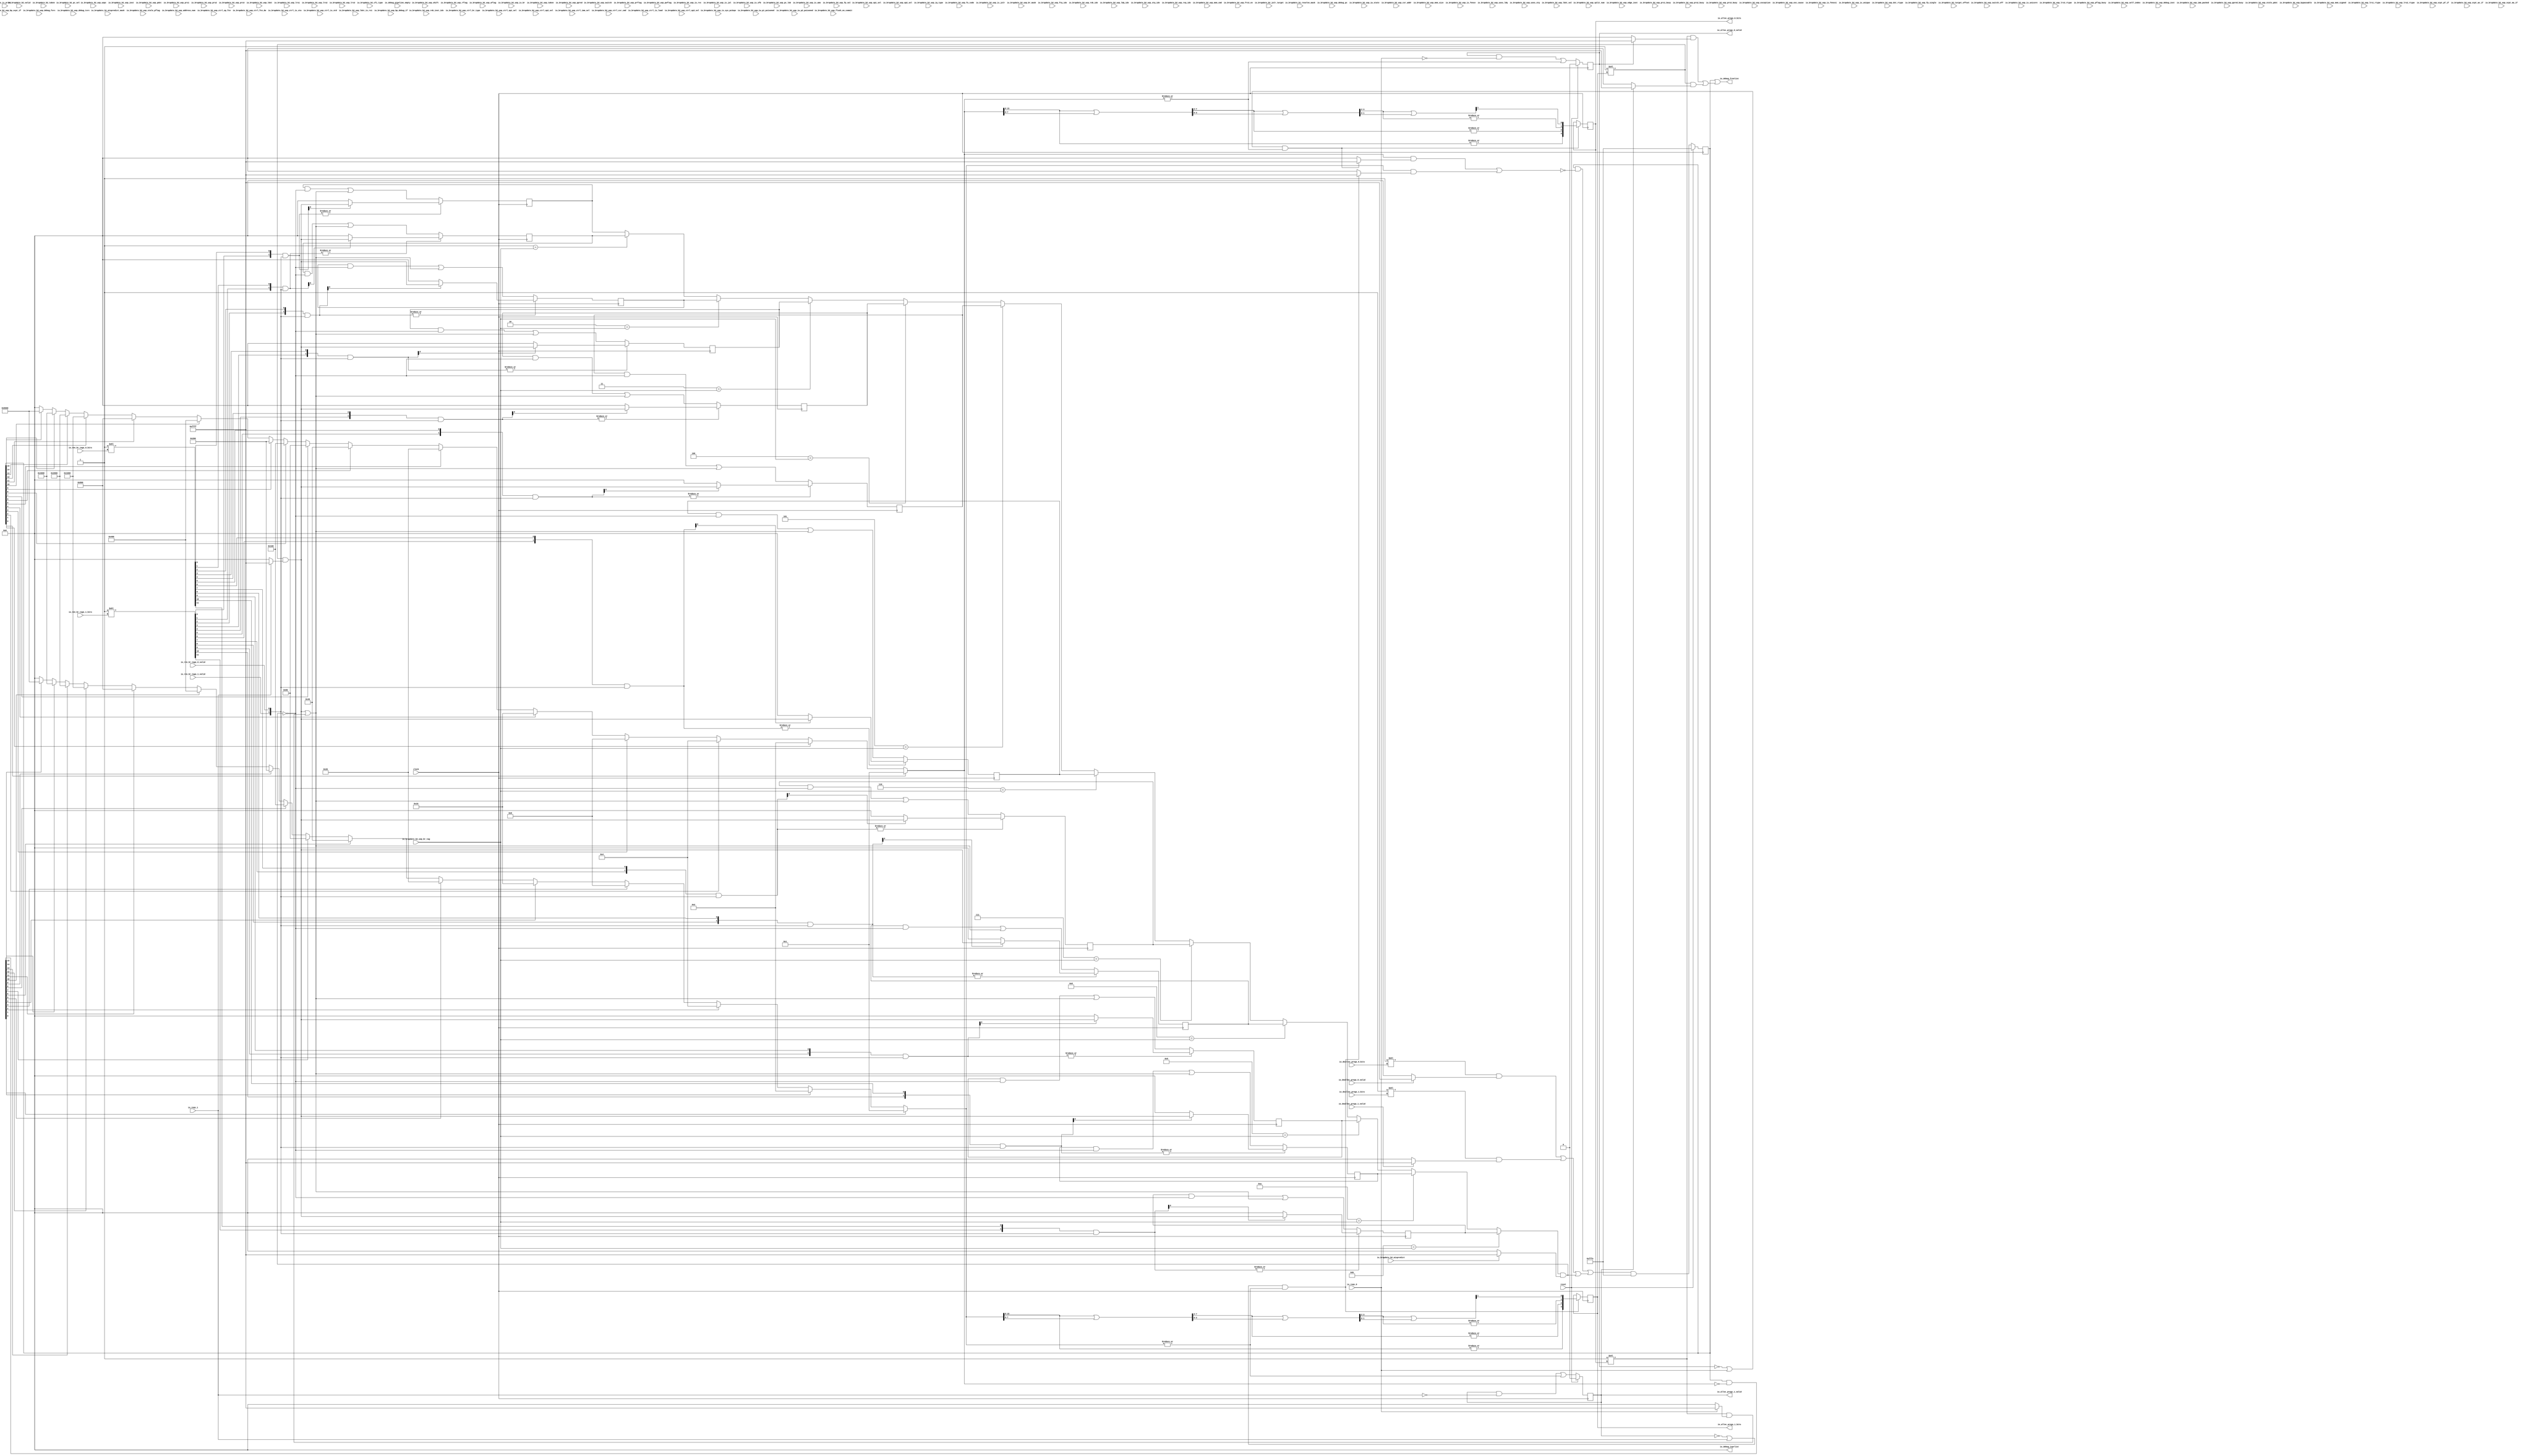
module FlagRenameFreeList(
  input         clock,
  input         reset,
  input         io_reqs_0,
  input         io_reqs_1,
  output        io_alloc_pregs_0_valid,
  output [3:0]  io_alloc_pregs_0_bits,
  output        io_alloc_pregs_1_valid,
  output [3:0]  io_alloc_pregs_1_bits,
  input         io_dealloc_pregs_0_valid,
  input  [3:0]  io_dealloc_pregs_0_bits,
  input         io_dealloc_pregs_1_valid,
  input  [3:0]  io_dealloc_pregs_1_bits,
  input         io_ren_br_tags_0_valid,
  input  [3:0]  io_ren_br_tags_0_bits,
  input         io_ren_br_tags_1_valid,
  input  [3:0]  io_ren_br_tags_1_bits,
  input  [11:0] io_brupdate_b1_resolve_mask,
  input  [11:0] io_brupdate_b1_mispredict_mask,
  input         io_brupdate_b2_uop_switch,
  input         io_brupdate_b2_uop_switch_off,
  input         io_brupdate_b2_uop_is_unicore,
  input  [2:0]  io_brupdate_b2_uop_shift,
  input  [1:0]  io_brupdate_b2_uop_lrs3_rtype,
  input         io_brupdate_b2_uop_rflag,
  input         io_brupdate_b2_uop_wflag,
  input  [3:0]  io_brupdate_b2_uop_prflag,
  input  [3:0]  io_brupdate_b2_uop_pwflag,
  input         io_brupdate_b2_uop_pflag_busy,
  input  [3:0]  io_brupdate_b2_uop_stale_pflag,
  input  [3:0]  io_brupdate_b2_uop_op1_sel,
  input  [3:0]  io_brupdate_b2_uop_op2_sel,
  input  [5:0]  io_brupdate_b2_uop_split_num,
  input  [5:0]  io_brupdate_b2_uop_self_index,
  input  [5:0]  io_brupdate_b2_uop_rob_inst_idx,
  input  [5:0]  io_brupdate_b2_uop_address_num,
  input  [6:0]  io_brupdate_b2_uop_uopc,
  input  [31:0] io_brupdate_b2_uop_inst,
  input  [31:0] io_brupdate_b2_uop_debug_inst,
  input         io_brupdate_b2_uop_is_rvc,
  input  [39:0] io_brupdate_b2_uop_debug_pc,
  input  [2:0]  io_brupdate_b2_uop_iq_type,
  input  [9:0]  io_brupdate_b2_uop_fu_code,
  input  [3:0]  io_brupdate_b2_uop_ctrl_br_type,
  input  [1:0]  io_brupdate_b2_uop_ctrl_op1_sel,
  input  [2:0]  io_brupdate_b2_uop_ctrl_op2_sel,
  input  [2:0]  io_brupdate_b2_uop_ctrl_imm_sel,
  input  [3:0]  io_brupdate_b2_uop_ctrl_op_fcn,
  input         io_brupdate_b2_uop_ctrl_fcn_dw,
  input  [2:0]  io_brupdate_b2_uop_ctrl_csr_cmd,
  input         io_brupdate_b2_uop_ctrl_is_load,
  input         io_brupdate_b2_uop_ctrl_is_sta,
  input         io_brupdate_b2_uop_ctrl_is_std,
  input  [1:0]  io_brupdate_b2_uop_ctrl_op3_sel,
  input  [1:0]  io_brupdate_b2_uop_iw_state,
  input         io_brupdate_b2_uop_iw_p1_poisoned,
  input         io_brupdate_b2_uop_iw_p2_poisoned,
  input         io_brupdate_b2_uop_is_br,
  input         io_brupdate_b2_uop_is_jalr,
  input         io_brupdate_b2_uop_is_jal,
  input         io_brupdate_b2_uop_is_sfb,
  input  [11:0] io_brupdate_b2_uop_br_mask,
  input  [3:0]  io_brupdate_b2_uop_br_tag,
  input  [4:0]  io_brupdate_b2_uop_ftq_idx,
  input         io_brupdate_b2_uop_edge_inst,
  input  [5:0]  io_brupdate_b2_uop_pc_lob,
  input         io_brupdate_b2_uop_taken,
  input  [19:0] io_brupdate_b2_uop_imm_packed,
  input  [11:0] io_brupdate_b2_uop_csr_addr,
  input  [5:0]  io_brupdate_b2_uop_rob_idx,
  input  [4:0]  io_brupdate_b2_uop_ldq_idx,
  input  [4:0]  io_brupdate_b2_uop_stq_idx,
  input  [1:0]  io_brupdate_b2_uop_rxq_idx,
  input  [6:0]  io_brupdate_b2_uop_pdst,
  input  [6:0]  io_brupdate_b2_uop_prs1,
  input  [6:0]  io_brupdate_b2_uop_prs2,
  input  [6:0]  io_brupdate_b2_uop_prs3,
  input  [4:0]  io_brupdate_b2_uop_ppred,
  input         io_brupdate_b2_uop_prs1_busy,
  input         io_brupdate_b2_uop_prs2_busy,
  input         io_brupdate_b2_uop_prs3_busy,
  input         io_brupdate_b2_uop_ppred_busy,
  input  [6:0]  io_brupdate_b2_uop_stale_pdst,
  input         io_brupdate_b2_uop_exception,
  input  [63:0] io_brupdate_b2_uop_exc_cause,
  input         io_brupdate_b2_uop_bypassable,
  input  [4:0]  io_brupdate_b2_uop_mem_cmd,
  input  [1:0]  io_brupdate_b2_uop_mem_size,
  input         io_brupdate_b2_uop_mem_signed,
  input         io_brupdate_b2_uop_is_fence,
  input         io_brupdate_b2_uop_is_fencei,
  input         io_brupdate_b2_uop_is_amo,
  input         io_brupdate_b2_uop_uses_ldq,
  input         io_brupdate_b2_uop_uses_stq,
  input         io_brupdate_b2_uop_is_sys_pc2epc,
  input         io_brupdate_b2_uop_is_unique,
  input         io_brupdate_b2_uop_flush_on_commit,
  input         io_brupdate_b2_uop_ldst_is_rs1,
  input  [5:0]  io_brupdate_b2_uop_ldst,
  input  [5:0]  io_brupdate_b2_uop_lrs1,
  input  [5:0]  io_brupdate_b2_uop_lrs2,
  input  [5:0]  io_brupdate_b2_uop_lrs3,
  input         io_brupdate_b2_uop_ldst_val,
  input  [1:0]  io_brupdate_b2_uop_dst_rtype,
  input  [1:0]  io_brupdate_b2_uop_lrs1_rtype,
  input  [1:0]  io_brupdate_b2_uop_lrs2_rtype,
  input         io_brupdate_b2_uop_frs3_en,
  input         io_brupdate_b2_uop_fp_val,
  input         io_brupdate_b2_uop_fp_single,
  input         io_brupdate_b2_uop_xcpt_pf_if,
  input         io_brupdate_b2_uop_xcpt_ae_if,
  input         io_brupdate_b2_uop_xcpt_ma_if,
  input         io_brupdate_b2_uop_bp_debug_if,
  input         io_brupdate_b2_uop_bp_xcpt_if,
  input  [1:0]  io_brupdate_b2_uop_debug_fsrc,
  input  [1:0]  io_brupdate_b2_uop_debug_tsrc,
  input         io_brupdate_b2_valid,
  input         io_brupdate_b2_mispredict,
  input         io_brupdate_b2_taken,
  input  [2:0]  io_brupdate_b2_cfi_type,
  input  [1:0]  io_brupdate_b2_pc_sel,
  input  [39:0] io_brupdate_b2_jalr_target,
  input  [31:0] io_brupdate_b2_target_offset,
  input         io_is_print,
  input         io_debug_pipeline_empty,
  output [15:0] io_debug_freelist,
  output [15:0] io_debug_isprlist
);
`ifdef RANDOMIZE_REG_INIT
  reg [31:0] _RAND_0;
  reg [31:0] _RAND_1;
  reg [31:0] _RAND_2;
  reg [31:0] _RAND_3;
  reg [31:0] _RAND_4;
  reg [31:0] _RAND_5;
  reg [31:0] _RAND_6;
  reg [31:0] _RAND_7;
  reg [31:0] _RAND_8;
  reg [31:0] _RAND_9;
  reg [31:0] _RAND_10;
  reg [31:0] _RAND_11;
  reg [31:0] _RAND_12;
  reg [31:0] _RAND_13;
  reg [31:0] _RAND_14;
  reg [31:0] _RAND_15;
  reg [31:0] _RAND_16;
`endif // RANDOMIZE_REG_INIT
  reg [15:0] free_list; // @[rename-freelist.scala 137:26]
  reg [15:0] br_alloc_lists_0; // @[rename-freelist.scala 138:27]
  reg [15:0] br_alloc_lists_1; // @[rename-freelist.scala 138:27]
  reg [15:0] br_alloc_lists_2; // @[rename-freelist.scala 138:27]
  reg [15:0] br_alloc_lists_3; // @[rename-freelist.scala 138:27]
  reg [15:0] br_alloc_lists_4; // @[rename-freelist.scala 138:27]
  reg [15:0] br_alloc_lists_5; // @[rename-freelist.scala 138:27]
  reg [15:0] br_alloc_lists_6; // @[rename-freelist.scala 138:27]
  reg [15:0] br_alloc_lists_7; // @[rename-freelist.scala 138:27]
  reg [15:0] br_alloc_lists_8; // @[rename-freelist.scala 138:27]
  reg [15:0] br_alloc_lists_9; // @[rename-freelist.scala 138:27]
  reg [15:0] br_alloc_lists_10; // @[rename-freelist.scala 138:27]
  reg [15:0] br_alloc_lists_11; // @[rename-freelist.scala 138:27]
  wire [15:0] _T_17 = free_list[15] ? 16'h8000 : 16'h0; // @[Mux.scala 47:69]
  wire [15:0] _T_18 = free_list[14] ? 16'h4000 : _T_17; // @[Mux.scala 47:69]
  wire [15:0] _T_19 = free_list[13] ? 16'h2000 : _T_18; // @[Mux.scala 47:69]
  wire [15:0] _T_20 = free_list[12] ? 16'h1000 : _T_19; // @[Mux.scala 47:69]
  wire [15:0] _T_21 = free_list[11] ? 16'h800 : _T_20; // @[Mux.scala 47:69]
  wire [15:0] _T_22 = free_list[10] ? 16'h400 : _T_21; // @[Mux.scala 47:69]
  wire [15:0] _T_23 = free_list[9] ? 16'h200 : _T_22; // @[Mux.scala 47:69]
  wire [15:0] _T_24 = free_list[8] ? 16'h100 : _T_23; // @[Mux.scala 47:69]
  wire [15:0] _T_25 = free_list[7] ? 16'h80 : _T_24; // @[Mux.scala 47:69]
  wire [15:0] _T_26 = free_list[6] ? 16'h40 : _T_25; // @[Mux.scala 47:69]
  wire [15:0] _T_27 = free_list[5] ? 16'h20 : _T_26; // @[Mux.scala 47:69]
  wire [15:0] _T_28 = free_list[4] ? 16'h10 : _T_27; // @[Mux.scala 47:69]
  wire [15:0] _T_29 = free_list[3] ? 16'h8 : _T_28; // @[Mux.scala 47:69]
  wire [15:0] _T_30 = free_list[2] ? 16'h4 : _T_29; // @[Mux.scala 47:69]
  wire [15:0] _T_31 = free_list[1] ? 16'h2 : _T_30; // @[Mux.scala 47:69]
  wire [15:0] sels_0 = free_list[0] ? 16'h1 : _T_31; // @[Mux.scala 47:69]
  wire [15:0] _T_33 = ~sels_0; // @[util.scala 481:21]
  wire [15:0] _T_34 = free_list & _T_33; // @[util.scala 481:19]
  wire [15:0] _T_51 = _T_34[15] ? 16'h8000 : 16'h0; // @[Mux.scala 47:69]
  wire [15:0] _T_52 = _T_34[14] ? 16'h4000 : _T_51; // @[Mux.scala 47:69]
  wire [15:0] _T_53 = _T_34[13] ? 16'h2000 : _T_52; // @[Mux.scala 47:69]
  wire [15:0] _T_54 = _T_34[12] ? 16'h1000 : _T_53; // @[Mux.scala 47:69]
  wire [15:0] _T_55 = _T_34[11] ? 16'h800 : _T_54; // @[Mux.scala 47:69]
  wire [15:0] _T_56 = _T_34[10] ? 16'h400 : _T_55; // @[Mux.scala 47:69]
  wire [15:0] _T_57 = _T_34[9] ? 16'h200 : _T_56; // @[Mux.scala 47:69]
  wire [15:0] _T_58 = _T_34[8] ? 16'h100 : _T_57; // @[Mux.scala 47:69]
  wire [15:0] _T_59 = _T_34[7] ? 16'h80 : _T_58; // @[Mux.scala 47:69]
  wire [15:0] _T_60 = _T_34[6] ? 16'h40 : _T_59; // @[Mux.scala 47:69]
  wire [15:0] _T_61 = _T_34[5] ? 16'h20 : _T_60; // @[Mux.scala 47:69]
  wire [15:0] _T_62 = _T_34[4] ? 16'h10 : _T_61; // @[Mux.scala 47:69]
  wire [15:0] _T_63 = _T_34[3] ? 16'h8 : _T_62; // @[Mux.scala 47:69]
  wire [15:0] _T_64 = _T_34[2] ? 16'h4 : _T_63; // @[Mux.scala 47:69]
  wire [15:0] _T_65 = _T_34[1] ? 16'h2 : _T_64; // @[Mux.scala 47:69]
  wire [15:0] sels_1 = _T_34[0] ? 16'h1 : _T_65; // @[Mux.scala 47:69]
  wire [15:0] allocs_0 = 16'h1 << io_alloc_pregs_0_bits; // @[OneHot.scala 58:35]
  wire [15:0] allocs_1 = 16'h1 << io_alloc_pregs_1_bits; // @[OneHot.scala 58:35]
  wire [15:0] _T_70 = io_reqs_1 ? 16'hffff : 16'h0; // @[Bitwise.scala 72:12]
  wire [15:0] alloc_masks_1 = allocs_1 & _T_70; // @[rename-freelist.scala 146:88]
  wire [15:0] _T_73 = io_reqs_0 ? 16'hffff : 16'h0; // @[Bitwise.scala 72:12]
  wire [15:0] _T_74 = allocs_0 & _T_73; // @[rename-freelist.scala 146:88]
  wire [15:0] alloc_masks_0 = alloc_masks_1 | _T_74; // @[rename-freelist.scala 146:84]
  reg  REG; // @[rename-freelist.scala 169:26]
  wire  _T_291 = |sels_0; // @[rename-freelist.scala 168:27]
  wire  sel_fire_0 = (~REG | io_reqs_0) & _T_291; // @[rename-freelist.scala 180:45]
  wire [15:0] _T_76 = sel_fire_0 ? 16'hffff : 16'h0; // @[Bitwise.scala 72:12]
  wire [15:0] _T_77 = sels_0 & _T_76; // @[rename-freelist.scala 150:60]
  reg  REG_1; // @[rename-freelist.scala 169:26]
  wire  _T_302 = |sels_1; // @[rename-freelist.scala 168:27]
  wire  sel_fire_1 = (~REG_1 | io_reqs_1) & _T_302; // @[rename-freelist.scala 180:45]
  wire [15:0] _T_79 = sel_fire_1 ? 16'hffff : 16'h0; // @[Bitwise.scala 72:12]
  wire [15:0] _T_80 = sels_1 & _T_79; // @[rename-freelist.scala 150:60]
  wire [15:0] sel_mask = _T_77 | _T_80; // @[rename-freelist.scala 150:82]
  wire [15:0] _T_82 = io_brupdate_b2_mispredict ? 16'hffff : 16'h0; // @[Bitwise.scala 72:12]
  wire [15:0] _GEN_1 = 4'h1 == io_brupdate_b2_uop_br_tag ? br_alloc_lists_1 : br_alloc_lists_0; // @[rename-freelist.scala 151:63 rename-freelist.scala 151:63]
  wire [15:0] _GEN_2 = 4'h2 == io_brupdate_b2_uop_br_tag ? br_alloc_lists_2 : _GEN_1; // @[rename-freelist.scala 151:63 rename-freelist.scala 151:63]
  wire [15:0] _GEN_3 = 4'h3 == io_brupdate_b2_uop_br_tag ? br_alloc_lists_3 : _GEN_2; // @[rename-freelist.scala 151:63 rename-freelist.scala 151:63]
  wire [15:0] _GEN_4 = 4'h4 == io_brupdate_b2_uop_br_tag ? br_alloc_lists_4 : _GEN_3; // @[rename-freelist.scala 151:63 rename-freelist.scala 151:63]
  wire [15:0] _GEN_5 = 4'h5 == io_brupdate_b2_uop_br_tag ? br_alloc_lists_5 : _GEN_4; // @[rename-freelist.scala 151:63 rename-freelist.scala 151:63]
  wire [15:0] _GEN_6 = 4'h6 == io_brupdate_b2_uop_br_tag ? br_alloc_lists_6 : _GEN_5; // @[rename-freelist.scala 151:63 rename-freelist.scala 151:63]
  wire [15:0] _GEN_7 = 4'h7 == io_brupdate_b2_uop_br_tag ? br_alloc_lists_7 : _GEN_6; // @[rename-freelist.scala 151:63 rename-freelist.scala 151:63]
  wire [15:0] _GEN_8 = 4'h8 == io_brupdate_b2_uop_br_tag ? br_alloc_lists_8 : _GEN_7; // @[rename-freelist.scala 151:63 rename-freelist.scala 151:63]
  wire [15:0] _GEN_9 = 4'h9 == io_brupdate_b2_uop_br_tag ? br_alloc_lists_9 : _GEN_8; // @[rename-freelist.scala 151:63 rename-freelist.scala 151:63]
  wire [15:0] _GEN_10 = 4'ha == io_brupdate_b2_uop_br_tag ? br_alloc_lists_10 : _GEN_9; // @[rename-freelist.scala 151:63 rename-freelist.scala 151:63]
  wire [15:0] _GEN_11 = 4'hb == io_brupdate_b2_uop_br_tag ? br_alloc_lists_11 : _GEN_10; // @[rename-freelist.scala 151:63 rename-freelist.scala 151:63]
  wire [15:0] br_deallocs = _GEN_11 & _T_82; // @[rename-freelist.scala 151:63]
  wire [15:0] _T_83 = 16'h1 << io_dealloc_pregs_0_bits; // @[OneHot.scala 58:35]
  wire [15:0] _T_86 = io_dealloc_pregs_0_valid ? 16'hffff : 16'h0; // @[Bitwise.scala 72:12]
  wire [15:0] _T_87 = _T_83 & _T_86; // @[rename-freelist.scala 152:79]
  wire [15:0] _T_88 = 16'h1 << io_dealloc_pregs_1_bits; // @[OneHot.scala 58:35]
  wire [15:0] _T_91 = io_dealloc_pregs_1_valid ? 16'hffff : 16'h0; // @[Bitwise.scala 72:12]
  wire [15:0] _T_92 = _T_88 & _T_91; // @[rename-freelist.scala 152:79]
  wire [15:0] _T_93 = _T_87 | _T_92; // @[rename-freelist.scala 152:106]
  wire [15:0] dealloc_mask = _T_93 | br_deallocs; // @[rename-freelist.scala 152:110]
  wire [1:0] br_slots = {io_ren_br_tags_1_valid,io_ren_br_tags_0_valid}; // @[rename-freelist.scala 154:64]
  wire [15:0] _T_94 = 16'h1 << io_ren_br_tags_0_bits; // @[OneHot.scala 58:35]
  wire [15:0] _T_96 = 16'h1 << io_ren_br_tags_1_bits; // @[OneHot.scala 58:35]
  wire [1:0] _T_98 = {_T_96[0],_T_94[0]}; // @[rename-freelist.scala 157:78]
  wire [1:0] _T_99 = _T_98 & br_slots; // @[rename-freelist.scala 157:85]
  wire  _T_100 = |_T_99; // @[rename-freelist.scala 158:29]
  wire [15:0] _T_106 = ~br_deallocs; // @[rename-freelist.scala 160:60]
  wire [15:0] _T_107 = br_alloc_lists_0 & _T_106; // @[rename-freelist.scala 160:58]
  wire [15:0] _T_108 = _T_107 | alloc_masks_0; // @[rename-freelist.scala 160:73]
  wire [1:0] _T_114 = {_T_96[1],_T_94[1]}; // @[rename-freelist.scala 157:78]
  wire [1:0] _T_115 = _T_114 & br_slots; // @[rename-freelist.scala 157:85]
  wire  _T_116 = |_T_115; // @[rename-freelist.scala 158:29]
  wire [15:0] _T_123 = br_alloc_lists_1 & _T_106; // @[rename-freelist.scala 160:58]
  wire [15:0] _T_124 = _T_123 | alloc_masks_0; // @[rename-freelist.scala 160:73]
  wire [1:0] _T_130 = {_T_96[2],_T_94[2]}; // @[rename-freelist.scala 157:78]
  wire [1:0] _T_131 = _T_130 & br_slots; // @[rename-freelist.scala 157:85]
  wire  _T_132 = |_T_131; // @[rename-freelist.scala 158:29]
  wire [15:0] _T_139 = br_alloc_lists_2 & _T_106; // @[rename-freelist.scala 160:58]
  wire [15:0] _T_140 = _T_139 | alloc_masks_0; // @[rename-freelist.scala 160:73]
  wire [1:0] _T_146 = {_T_96[3],_T_94[3]}; // @[rename-freelist.scala 157:78]
  wire [1:0] _T_147 = _T_146 & br_slots; // @[rename-freelist.scala 157:85]
  wire  _T_148 = |_T_147; // @[rename-freelist.scala 158:29]
  wire [15:0] _T_155 = br_alloc_lists_3 & _T_106; // @[rename-freelist.scala 160:58]
  wire [15:0] _T_156 = _T_155 | alloc_masks_0; // @[rename-freelist.scala 160:73]
  wire [1:0] _T_162 = {_T_96[4],_T_94[4]}; // @[rename-freelist.scala 157:78]
  wire [1:0] _T_163 = _T_162 & br_slots; // @[rename-freelist.scala 157:85]
  wire  _T_164 = |_T_163; // @[rename-freelist.scala 158:29]
  wire [15:0] _T_171 = br_alloc_lists_4 & _T_106; // @[rename-freelist.scala 160:58]
  wire [15:0] _T_172 = _T_171 | alloc_masks_0; // @[rename-freelist.scala 160:73]
  wire [1:0] _T_178 = {_T_96[5],_T_94[5]}; // @[rename-freelist.scala 157:78]
  wire [1:0] _T_179 = _T_178 & br_slots; // @[rename-freelist.scala 157:85]
  wire  _T_180 = |_T_179; // @[rename-freelist.scala 158:29]
  wire [15:0] _T_187 = br_alloc_lists_5 & _T_106; // @[rename-freelist.scala 160:58]
  wire [15:0] _T_188 = _T_187 | alloc_masks_0; // @[rename-freelist.scala 160:73]
  wire [1:0] _T_194 = {_T_96[6],_T_94[6]}; // @[rename-freelist.scala 157:78]
  wire [1:0] _T_195 = _T_194 & br_slots; // @[rename-freelist.scala 157:85]
  wire  _T_196 = |_T_195; // @[rename-freelist.scala 158:29]
  wire [15:0] _T_203 = br_alloc_lists_6 & _T_106; // @[rename-freelist.scala 160:58]
  wire [15:0] _T_204 = _T_203 | alloc_masks_0; // @[rename-freelist.scala 160:73]
  wire [1:0] _T_210 = {_T_96[7],_T_94[7]}; // @[rename-freelist.scala 157:78]
  wire [1:0] _T_211 = _T_210 & br_slots; // @[rename-freelist.scala 157:85]
  wire  _T_212 = |_T_211; // @[rename-freelist.scala 158:29]
  wire [15:0] _T_219 = br_alloc_lists_7 & _T_106; // @[rename-freelist.scala 160:58]
  wire [15:0] _T_220 = _T_219 | alloc_masks_0; // @[rename-freelist.scala 160:73]
  wire [1:0] _T_226 = {_T_96[8],_T_94[8]}; // @[rename-freelist.scala 157:78]
  wire [1:0] _T_227 = _T_226 & br_slots; // @[rename-freelist.scala 157:85]
  wire  _T_228 = |_T_227; // @[rename-freelist.scala 158:29]
  wire [15:0] _T_235 = br_alloc_lists_8 & _T_106; // @[rename-freelist.scala 160:58]
  wire [15:0] _T_236 = _T_235 | alloc_masks_0; // @[rename-freelist.scala 160:73]
  wire [1:0] _T_242 = {_T_96[9],_T_94[9]}; // @[rename-freelist.scala 157:78]
  wire [1:0] _T_243 = _T_242 & br_slots; // @[rename-freelist.scala 157:85]
  wire  _T_244 = |_T_243; // @[rename-freelist.scala 158:29]
  wire [15:0] _T_251 = br_alloc_lists_9 & _T_106; // @[rename-freelist.scala 160:58]
  wire [15:0] _T_252 = _T_251 | alloc_masks_0; // @[rename-freelist.scala 160:73]
  wire [1:0] _T_258 = {_T_96[10],_T_94[10]}; // @[rename-freelist.scala 157:78]
  wire [1:0] _T_259 = _T_258 & br_slots; // @[rename-freelist.scala 157:85]
  wire  _T_260 = |_T_259; // @[rename-freelist.scala 158:29]
  wire [15:0] _T_267 = br_alloc_lists_10 & _T_106; // @[rename-freelist.scala 160:58]
  wire [15:0] _T_268 = _T_267 | alloc_masks_0; // @[rename-freelist.scala 160:73]
  wire [1:0] _T_274 = {_T_96[11],_T_94[11]}; // @[rename-freelist.scala 157:78]
  wire [1:0] _T_275 = _T_274 & br_slots; // @[rename-freelist.scala 157:85]
  wire  _T_276 = |_T_275; // @[rename-freelist.scala 158:29]
  wire [15:0] _T_283 = br_alloc_lists_11 & _T_106; // @[rename-freelist.scala 160:58]
  wire [15:0] _T_284 = _T_283 | alloc_masks_0; // @[rename-freelist.scala 160:73]
  wire [15:0] _T_286 = ~sel_mask; // @[rename-freelist.scala 164:29]
  wire [15:0] _T_287 = free_list & _T_286; // @[rename-freelist.scala 164:27]
  wire [15:0] _T_288 = _T_287 | dealloc_mask; // @[rename-freelist.scala 164:39]
  wire [15:0] _T_290 = _T_288 & 16'hfffe; // @[rename-freelist.scala 164:55]
  wire [7:0] hi = sels_0[15:8]; // @[OneHot.scala 30:18]
  wire [7:0] lo = sels_0[7:0]; // @[OneHot.scala 31:18]
  wire  hi_1 = |hi; // @[OneHot.scala 32:14]
  wire [7:0] _T_292 = hi | lo; // @[OneHot.scala 32:28]
  wire [3:0] hi_2 = _T_292[7:4]; // @[OneHot.scala 30:18]
  wire [3:0] lo_1 = _T_292[3:0]; // @[OneHot.scala 31:18]
  wire  hi_3 = |hi_2; // @[OneHot.scala 32:14]
  wire [3:0] _T_293 = hi_2 | lo_1; // @[OneHot.scala 32:28]
  wire [1:0] hi_4 = _T_293[3:2]; // @[OneHot.scala 30:18]
  wire [1:0] lo_2 = _T_293[1:0]; // @[OneHot.scala 31:18]
  wire  hi_5 = |hi_4; // @[OneHot.scala 32:14]
  wire [1:0] _T_294 = hi_4 | lo_2; // @[OneHot.scala 32:28]
  wire  lo_3 = _T_294[1]; // @[CircuitMath.scala 30:8]
  wire [3:0] _T_295 = {hi_1,hi_3,hi_5,lo_3}; // @[Cat.scala 30:58]
  reg [3:0] r; // @[Reg.scala 15:16]
  wire [7:0] hi_6 = sels_1[15:8]; // @[OneHot.scala 30:18]
  wire [7:0] lo_6 = sels_1[7:0]; // @[OneHot.scala 31:18]
  wire  hi_7 = |hi_6; // @[OneHot.scala 32:14]
  wire [7:0] _T_303 = hi_6 | lo_6; // @[OneHot.scala 32:28]
  wire [3:0] hi_8 = _T_303[7:4]; // @[OneHot.scala 30:18]
  wire [3:0] lo_7 = _T_303[3:0]; // @[OneHot.scala 31:18]
  wire  hi_9 = |hi_8; // @[OneHot.scala 32:14]
  wire [3:0] _T_304 = hi_8 | lo_7; // @[OneHot.scala 32:28]
  wire [1:0] hi_10 = _T_304[3:2]; // @[OneHot.scala 30:18]
  wire [1:0] lo_8 = _T_304[1:0]; // @[OneHot.scala 31:18]
  wire  hi_11 = |hi_10; // @[OneHot.scala 32:14]
  wire [1:0] _T_305 = hi_10 | lo_8; // @[OneHot.scala 32:28]
  wire  lo_9 = _T_305[1]; // @[CircuitMath.scala 30:8]
  wire [3:0] _T_306 = {hi_7,hi_9,hi_11,lo_9}; // @[Cat.scala 30:58]
  reg [3:0] r_1; // @[Reg.scala 15:16]
  wire [15:0] _T_315 = io_alloc_pregs_0_valid ? 16'hffff : 16'h0; // @[Bitwise.scala 72:12]
  wire [15:0] _T_316 = allocs_0 & _T_315; // @[rename-freelist.scala 188:77]
  wire [15:0] _T_319 = io_alloc_pregs_1_valid ? 16'hffff : 16'h0; // @[Bitwise.scala 72:12]
  wire [15:0] _T_320 = allocs_1 & _T_319; // @[rename-freelist.scala 188:77]
  wire [15:0] _T_321 = _T_316 | _T_320; // @[rename-freelist.scala 188:104]
  wire [15:0] _T_323 = io_debug_freelist & dealloc_mask; // @[rename-freelist.scala 191:31]
  wire [1:0] _T_346 = io_debug_freelist[0] + io_debug_freelist[1]; // @[Bitwise.scala 47:55]
  wire [1:0] _T_348 = io_debug_freelist[2] + io_debug_freelist[3]; // @[Bitwise.scala 47:55]
  wire [2:0] _T_350 = _T_346 + _T_348; // @[Bitwise.scala 47:55]
  wire [1:0] _T_352 = io_debug_freelist[4] + io_debug_freelist[5]; // @[Bitwise.scala 47:55]
  wire [1:0] _T_354 = io_debug_freelist[6] + io_debug_freelist[7]; // @[Bitwise.scala 47:55]
  wire [2:0] _T_356 = _T_352 + _T_354; // @[Bitwise.scala 47:55]
  wire [3:0] _T_358 = _T_350 + _T_356; // @[Bitwise.scala 47:55]
  wire [1:0] _T_360 = io_debug_freelist[8] + io_debug_freelist[9]; // @[Bitwise.scala 47:55]
  wire [1:0] _T_362 = io_debug_freelist[10] + io_debug_freelist[11]; // @[Bitwise.scala 47:55]
  wire [2:0] _T_364 = _T_360 + _T_362; // @[Bitwise.scala 47:55]
  wire [1:0] _T_366 = io_debug_freelist[12] + io_debug_freelist[13]; // @[Bitwise.scala 47:55]
  wire [1:0] _T_368 = io_debug_freelist[14] + io_debug_freelist[15]; // @[Bitwise.scala 47:55]
  wire [2:0] _T_370 = _T_366 + _T_368; // @[Bitwise.scala 47:55]
  wire [3:0] _T_372 = _T_364 + _T_370; // @[Bitwise.scala 47:55]
  wire [4:0] _T_374 = _T_358 + _T_372; // @[Bitwise.scala 47:55]
  assign io_alloc_pregs_0_valid = REG; // @[rename-freelist.scala 184:29]
  assign io_alloc_pregs_0_bits = r; // @[rename-freelist.scala 183:29]
  assign io_alloc_pregs_1_valid = REG_1; // @[rename-freelist.scala 184:29]
  assign io_alloc_pregs_1_bits = r_1; // @[rename-freelist.scala 183:29]
  assign io_debug_freelist = free_list | _T_321; // @[rename-freelist.scala 188:34]
  assign io_debug_isprlist = 16'h0; // @[rename-freelist.scala 189:21]
  always @(posedge clock) begin
    if (reset) begin // @[rename-freelist.scala 137:26]
      free_list <= 16'hfffe; // @[rename-freelist.scala 137:26]
    end else begin
      free_list <= _T_290; // @[rename-freelist.scala 164:13]
    end
    if (_T_100) begin // @[rename-freelist.scala 159:29]
      if (_T_99[0]) begin // @[Mux.scala 27:72]
        br_alloc_lists_0 <= alloc_masks_1;
      end else begin
        br_alloc_lists_0 <= 16'h0;
      end
    end else begin
      br_alloc_lists_0 <= _T_108;
    end
    if (_T_116) begin // @[rename-freelist.scala 159:29]
      if (_T_115[0]) begin // @[Mux.scala 27:72]
        br_alloc_lists_1 <= alloc_masks_1;
      end else begin
        br_alloc_lists_1 <= 16'h0;
      end
    end else begin
      br_alloc_lists_1 <= _T_124;
    end
    if (_T_132) begin // @[rename-freelist.scala 159:29]
      if (_T_131[0]) begin // @[Mux.scala 27:72]
        br_alloc_lists_2 <= alloc_masks_1;
      end else begin
        br_alloc_lists_2 <= 16'h0;
      end
    end else begin
      br_alloc_lists_2 <= _T_140;
    end
    if (_T_148) begin // @[rename-freelist.scala 159:29]
      if (_T_147[0]) begin // @[Mux.scala 27:72]
        br_alloc_lists_3 <= alloc_masks_1;
      end else begin
        br_alloc_lists_3 <= 16'h0;
      end
    end else begin
      br_alloc_lists_3 <= _T_156;
    end
    if (_T_164) begin // @[rename-freelist.scala 159:29]
      if (_T_163[0]) begin // @[Mux.scala 27:72]
        br_alloc_lists_4 <= alloc_masks_1;
      end else begin
        br_alloc_lists_4 <= 16'h0;
      end
    end else begin
      br_alloc_lists_4 <= _T_172;
    end
    if (_T_180) begin // @[rename-freelist.scala 159:29]
      if (_T_179[0]) begin // @[Mux.scala 27:72]
        br_alloc_lists_5 <= alloc_masks_1;
      end else begin
        br_alloc_lists_5 <= 16'h0;
      end
    end else begin
      br_alloc_lists_5 <= _T_188;
    end
    if (_T_196) begin // @[rename-freelist.scala 159:29]
      if (_T_195[0]) begin // @[Mux.scala 27:72]
        br_alloc_lists_6 <= alloc_masks_1;
      end else begin
        br_alloc_lists_6 <= 16'h0;
      end
    end else begin
      br_alloc_lists_6 <= _T_204;
    end
    if (_T_212) begin // @[rename-freelist.scala 159:29]
      if (_T_211[0]) begin // @[Mux.scala 27:72]
        br_alloc_lists_7 <= alloc_masks_1;
      end else begin
        br_alloc_lists_7 <= 16'h0;
      end
    end else begin
      br_alloc_lists_7 <= _T_220;
    end
    if (_T_228) begin // @[rename-freelist.scala 159:29]
      if (_T_227[0]) begin // @[Mux.scala 27:72]
        br_alloc_lists_8 <= alloc_masks_1;
      end else begin
        br_alloc_lists_8 <= 16'h0;
      end
    end else begin
      br_alloc_lists_8 <= _T_236;
    end
    if (_T_244) begin // @[rename-freelist.scala 159:29]
      if (_T_243[0]) begin // @[Mux.scala 27:72]
        br_alloc_lists_9 <= alloc_masks_1;
      end else begin
        br_alloc_lists_9 <= 16'h0;
      end
    end else begin
      br_alloc_lists_9 <= _T_252;
    end
    if (_T_260) begin // @[rename-freelist.scala 159:29]
      if (_T_259[0]) begin // @[Mux.scala 27:72]
        br_alloc_lists_10 <= alloc_masks_1;
      end else begin
        br_alloc_lists_10 <= 16'h0;
      end
    end else begin
      br_alloc_lists_10 <= _T_268;
    end
    if (_T_276) begin // @[rename-freelist.scala 159:29]
      if (_T_275[0]) begin // @[Mux.scala 27:72]
        br_alloc_lists_11 <= alloc_masks_1;
      end else begin
        br_alloc_lists_11 <= 16'h0;
      end
    end else begin
      br_alloc_lists_11 <= _T_284;
    end
    if (reset) begin // @[rename-freelist.scala 169:26]
      REG <= 1'h0; // @[rename-freelist.scala 169:26]
    end else begin
      REG <= REG & ~io_reqs_0 | _T_291; // @[rename-freelist.scala 177:13]
    end
    if (reset) begin // @[rename-freelist.scala 169:26]
      REG_1 <= 1'h0; // @[rename-freelist.scala 169:26]
    end else begin
      REG_1 <= REG_1 & ~io_reqs_1 | _T_302; // @[rename-freelist.scala 177:13]
    end
    if (sel_fire_0) begin // @[Reg.scala 16:19]
      r <= _T_295; // @[Reg.scala 16:23]
    end
    if (sel_fire_1) begin // @[Reg.scala 16:19]
      r_1 <= _T_306; // @[Reg.scala 16:23]
    end
    `ifndef SYNTHESIS
    `ifdef PRINTF_COND
      if (`PRINTF_COND) begin
    `endif
        if (~(~(|_T_323) | reset)) begin
          $fwrite(32'h80000002,
            "Assertion failed: [freelist] Returning a free physical register.\n    at rename-freelist.scala:191 assert (!(io.debug.freelist & dealloc_mask).orR, \"[freelist] Returning a free physical register.\")\n"
            ); // @[rename-freelist.scala 191:10]
        end
    `ifdef PRINTF_COND
      end
    `endif
    `endif // SYNTHESIS
    `ifndef SYNTHESIS
    `ifdef STOP_COND
      if (`STOP_COND) begin
    `endif
        if (~(~(|_T_323) | reset)) begin
          $fatal; // @[rename-freelist.scala 191:10]
        end
    `ifdef STOP_COND
      end
    `endif
    `endif // SYNTHESIS
    `ifndef SYNTHESIS
    `ifdef PRINTF_COND
      if (`PRINTF_COND) begin
    `endif
        if (~(~io_debug_pipeline_empty | _T_374 >= 5'he | reset)) begin
          $fwrite(32'h80000002,
            "Assertion failed: [freelist] Leaking physical registers.\n    at rename-freelist.scala:192 assert (!io.debug.pipeline_empty || PopCount(io.debug.freelist) >= (numPregs - numLregs - 1).U,\n"
            ); // @[rename-freelist.scala 192:10]
        end
    `ifdef PRINTF_COND
      end
    `endif
    `endif // SYNTHESIS
    `ifndef SYNTHESIS
    `ifdef STOP_COND
      if (`STOP_COND) begin
    `endif
        if (~(~io_debug_pipeline_empty | _T_374 >= 5'he | reset)) begin
          $fatal; // @[rename-freelist.scala 192:10]
        end
    `ifdef STOP_COND
      end
    `endif
    `endif // SYNTHESIS
  end
// Register and memory initialization
`ifdef RANDOMIZE_GARBAGE_ASSIGN
`define RANDOMIZE
`endif
`ifdef RANDOMIZE_INVALID_ASSIGN
`define RANDOMIZE
`endif
`ifdef RANDOMIZE_REG_INIT
`define RANDOMIZE
`endif
`ifdef RANDOMIZE_MEM_INIT
`define RANDOMIZE
`endif
`ifndef RANDOM
`define RANDOM $random
`endif
`ifdef RANDOMIZE_MEM_INIT
  integer initvar;
`endif
`ifndef SYNTHESIS
`ifdef FIRRTL_BEFORE_INITIAL
`FIRRTL_BEFORE_INITIAL
`endif
initial begin
  `ifdef RANDOMIZE
    `ifdef INIT_RANDOM
      `INIT_RANDOM
    `endif
    `ifndef VERILATOR
      `ifdef RANDOMIZE_DELAY
        #`RANDOMIZE_DELAY begin end
      `else
        #0.002 begin end
      `endif
    `endif
`ifdef RANDOMIZE_REG_INIT
  _RAND_0 = {1{`RANDOM}};
  free_list = _RAND_0[15:0];
  _RAND_1 = {1{`RANDOM}};
  br_alloc_lists_0 = _RAND_1[15:0];
  _RAND_2 = {1{`RANDOM}};
  br_alloc_lists_1 = _RAND_2[15:0];
  _RAND_3 = {1{`RANDOM}};
  br_alloc_lists_2 = _RAND_3[15:0];
  _RAND_4 = {1{`RANDOM}};
  br_alloc_lists_3 = _RAND_4[15:0];
  _RAND_5 = {1{`RANDOM}};
  br_alloc_lists_4 = _RAND_5[15:0];
  _RAND_6 = {1{`RANDOM}};
  br_alloc_lists_5 = _RAND_6[15:0];
  _RAND_7 = {1{`RANDOM}};
  br_alloc_lists_6 = _RAND_7[15:0];
  _RAND_8 = {1{`RANDOM}};
  br_alloc_lists_7 = _RAND_8[15:0];
  _RAND_9 = {1{`RANDOM}};
  br_alloc_lists_8 = _RAND_9[15:0];
  _RAND_10 = {1{`RANDOM}};
  br_alloc_lists_9 = _RAND_10[15:0];
  _RAND_11 = {1{`RANDOM}};
  br_alloc_lists_10 = _RAND_11[15:0];
  _RAND_12 = {1{`RANDOM}};
  br_alloc_lists_11 = _RAND_12[15:0];
  _RAND_13 = {1{`RANDOM}};
  REG = _RAND_13[0:0];
  _RAND_14 = {1{`RANDOM}};
  REG_1 = _RAND_14[0:0];
  _RAND_15 = {1{`RANDOM}};
  r = _RAND_15[3:0];
  _RAND_16 = {1{`RANDOM}};
  r_1 = _RAND_16[3:0];
`endif // RANDOMIZE_REG_INIT
  `endif // RANDOMIZE
end // initial
`ifdef FIRRTL_AFTER_INITIAL
`FIRRTL_AFTER_INITIAL
`endif
`endif // SYNTHESIS
endmodule